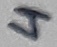
Text: 4